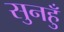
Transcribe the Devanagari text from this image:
सुनहुँ